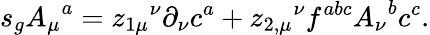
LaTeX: s_{g}{A_{\mu}}^{a}={z_{1\mu}}^{\nu}\partial_{\nu}c^{a}+{z_{2,\mu}}^{\nu}f^{abc}{A_{\nu}}^{b}c^{c}.